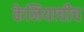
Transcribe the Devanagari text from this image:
केनियाचीच